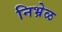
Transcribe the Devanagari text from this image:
निभ्रेळ